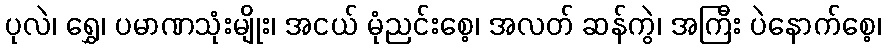
ပုလဲ၊ ရွှေ၊ ပမာဏသုံးမျိုး၊ အငယ် မုံညင်းစေ့၊ အလတ် ဆန်ကွဲ၊ အကြီး ပဲနောက်စေ့၊